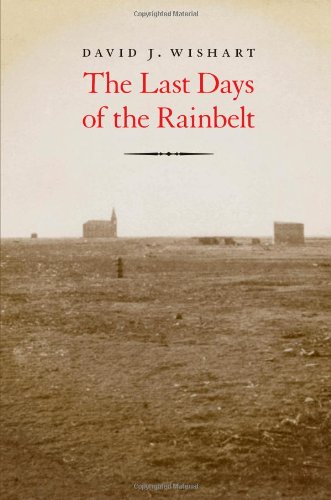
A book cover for The Last Days of the Rainbelt; David J. Wishart; Science & Math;